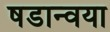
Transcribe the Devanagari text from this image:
षडान्वया